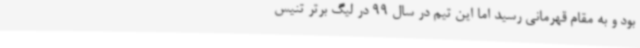
بود و به مقام قهرمانی رسید اما این تیم در سال 99 در لیگ برتر تنیس